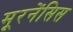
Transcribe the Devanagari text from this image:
मूरनेंसिस